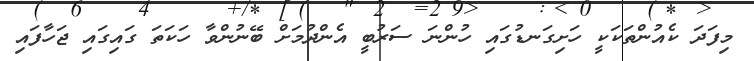
މިފަދަ ކެއުންތަކަކީ ހަށިގަނޑުގައި ހުންނަ ސަރުބީ އެންދުމަށް ބޭނުންވާ ހަކަތަ ގައިގައި ޖަހާފައި